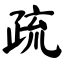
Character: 疏